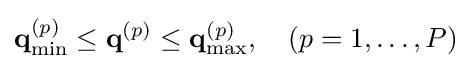
\mathbf {q} _{\min }^{(p)}\leq \mathbf {q} ^{(p)}\leq \mathbf {q} _{\max }^{(p)},\quad (p=1,\ldots ,P)